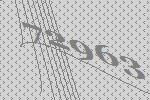
72963